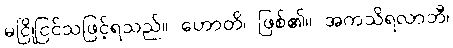
မငြိုငြင်သဖြင့်ရသည်။ ဟောတိ၊ ဖြစ်၏။ အကသိရလာဘီ၊